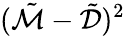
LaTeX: (\tilde{\mathcal{M}}-\tilde{\mathcal{D}})^{2}